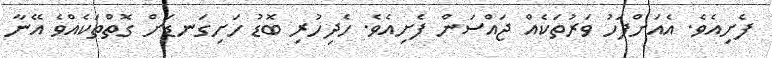
ފެށިއެވެ. އެއަށްފަހު ވަރުތަކެއް ޖައްސަން ފެށިއެވެ. ހެދިހުރި ބޮޑު ހަށިގަނޑަށް ގޮތްތަކެއްވެ އޭނާ